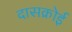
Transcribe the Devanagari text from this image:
दासक्रोई